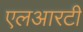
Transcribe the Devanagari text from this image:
एलआरटी